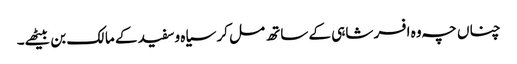
چناں چہ وہ افسر شاہی کے ساتھ مل کر سیاہ وسفید کے مالک بن بیٹھے۔